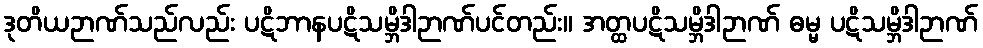
ဒုတိယဉာဏ်သည်လည်း ပဋိဘာနပဋိသမ္ဘိဒါဉာဏ်ပင်တည်း။ အတ္ထပဋိသမ္ဘိဒါဉာဏ် ဓမ္မ ပဋိသမ္ဘိဒါဉာဏ်